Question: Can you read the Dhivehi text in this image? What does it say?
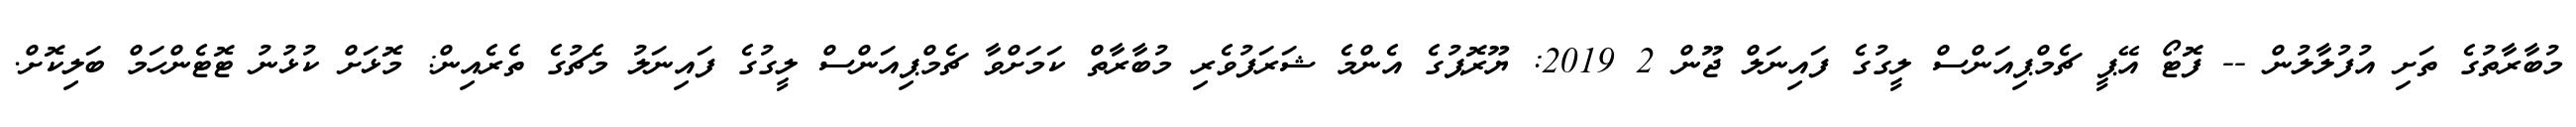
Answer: މުބާރާތުގެ ތަށި އުފުލާލުން -- ފޮޓޯ އޭޕީ ޗެމްޕިއަންސް ލީގުގެ ފައިނަލް ޖޫން 2 2019: ޔޫރޮޕުގެ އެންމެ ޝަރަފުވެރި މުބާރާތް ކަމަށްވާ ޗެމްޕިއަންސް ލީގުގެ ފައިނަލު މެޗުގެ ތެރެއިން: މޮޅަށް ކުޅުނު ޓޮޓެންހަމް ބަލިކޮށް.